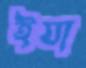
ইযা